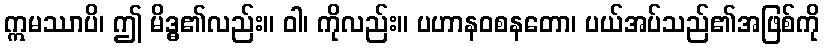
ဣမဿာပိ၊ ဤ မိဒ္ဓ၏လည်း။ ဝါ၊ ကိုလည်း။ ပဟာနဝစနတော၊ ပယ်အပ်သည်၏အဖြစ်ကို